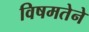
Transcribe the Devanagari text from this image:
विषमतेने